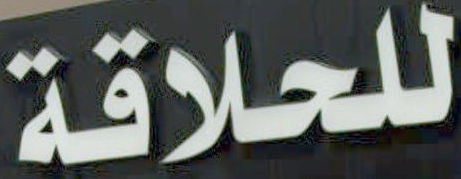
للحلاقة